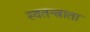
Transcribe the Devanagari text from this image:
स्वतन्त्राता